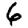
Digit: 6